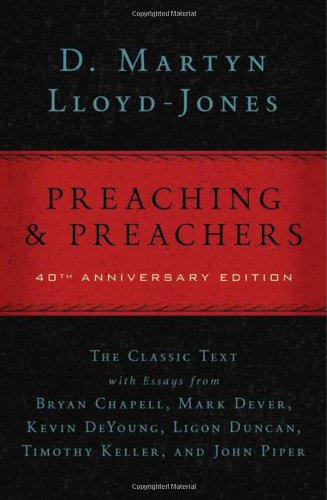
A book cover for Preaching and Preachers; D. Martyn Lloyd-Jones; Christian Books & Bibles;